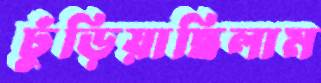
ঢুঁড়িয়াছিলাম